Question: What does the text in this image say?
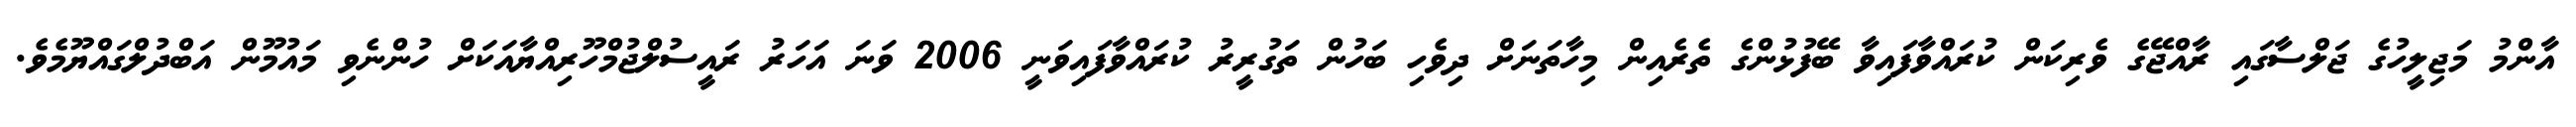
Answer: އާންމު މަޖިލީހުގެ ޖަލްސާގައި ރާއްޖޭގެ ވެރިކަން ކުރައްވާފައިވާ ބޭފުޅުންގެ ތެރެއިން މިހާތަނަށް ދިވެހި ބަހުން ތަގުރީރު ކުރައްވާފައިވަނީ 2006 ވަނަ އަހަރު ރައީސުލްޖުމްހޫރިއްޔާއަކަށް ހުންނެވި މައުމޫން އަބްދުލްގައްޔޫމެވެ.